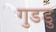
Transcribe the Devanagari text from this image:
गुडडु